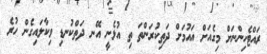
ރައްޓެހިންނަށް މިގެއަށް އައުމަށް ދަތިކުރަންތަ ތި އުޅެނީ އޭނ ދަތްކުނޑި ވިކާލައިގެން ހުރެ